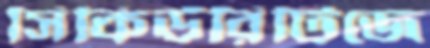
সিকিউরিটিজে